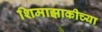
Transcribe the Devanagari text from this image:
शिमाझाकीच्या